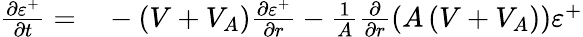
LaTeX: \begin{array}{rl}{\frac{\partial\varepsilon^{+}}{\partial t}=}&{{}-(V+V_{A})\frac{\partial\varepsilon^{+}}{\partial r}-\frac{1}{A}\frac{\partial}{\partial r}\left(A\left(V+V_{A}\right)\right)\varepsilon^{+}}\end{array}